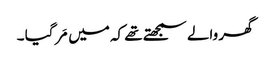
گھر والے سمجھتے تھے کہ میں مَر گیا ۔